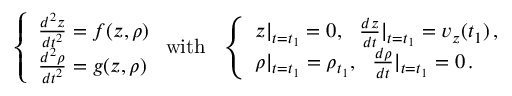
\left\{ \begin{array} { l l } { \frac { d ^ { 2 } z } { { d t } ^ { 2 } } = f ( z , \rho ) } \\ { \frac { d ^ { 2 } \rho } { { d t } ^ { 2 } } = g ( z , \rho ) } \end{array} \right. \mathrm { w i t h } \ \ \left\{ \begin{array} { l l } { z | _ { t = t _ { 1 } } = 0 , \ \ \frac { d z } { d t } | _ { t = t _ { 1 } } = v _ { z } ( t _ { 1 } ) \, , } \\ { \rho | _ { t = t _ { 1 } } = \rho _ { t _ { 1 } } , \ \ \frac { d \rho } { d t } | _ { t = t _ { 1 } } = 0 \, . } \end{array} \right.